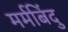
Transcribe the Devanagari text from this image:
मर्मबिंदु